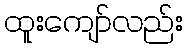
ထူးကျော်လည်း